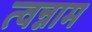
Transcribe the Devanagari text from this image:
त्वन्नाम